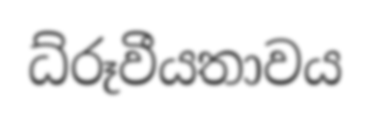
ධ්රූවීයතාවය